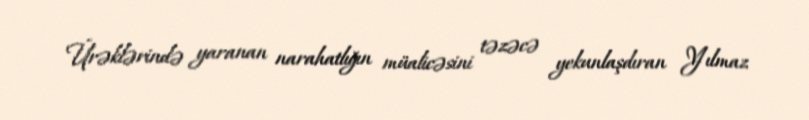
Ürəklərində yaranan narahatlığın müalicəsini təzəcə yekunlaşdıran Yılmaz